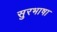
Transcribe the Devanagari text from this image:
सुरभाषा